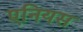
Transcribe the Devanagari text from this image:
एनियस